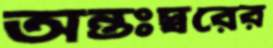
অন্তঃস্বরের